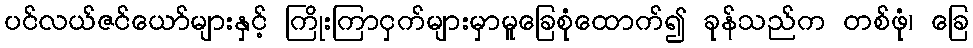
ပင်လယ်ဇင်ယော်များနှင့် ကြိုးကြာငှက်များမှာမူခြေစုံထောက်၍ ခုန်သည်က တစ်ဖုံ၊ ခြေ